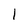
Character: I